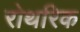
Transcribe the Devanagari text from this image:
रोथरिक